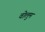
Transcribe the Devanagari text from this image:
वोलुम